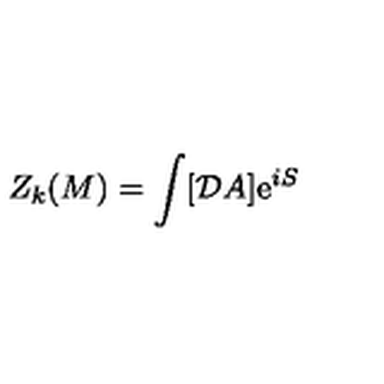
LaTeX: Z _ { k } ( M ) = \int [ { \cal D } A ] \mathrm { e } ^ { i S }